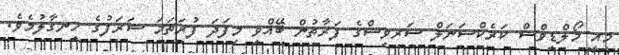
މިއީ މޯލްޑިވްސް ކަރެކްޝަނަލް ސަރވިސްގެ ފަރާތުން ބޭއްވި މިފަދަ ފުރަތަމަ ޝަރަފުގެ ހިނގާލުމެވެ.